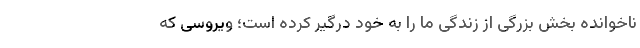
ناخوانده بخش بزرگی از زندگی ما را به خود درگیر کرده است؛ ویروسی که